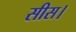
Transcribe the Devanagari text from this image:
सीस।